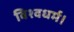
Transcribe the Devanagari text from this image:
विश्वधर्म।